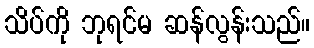
သိပ်ကို ဘုရင်မ ဆန်လွန်းသည်။